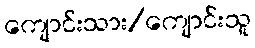
ကျောင်းသား/ကျောင်းသူ